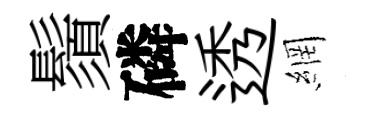
鬚磷透網